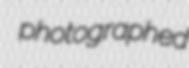
photographed